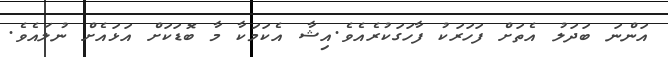
އަންނަ ބަދަލު އެތަށް ފަހަރަކު ފާހަގަކުރެއެވެ.އިޝާ އެކަމަކާ މާ ބޮޑަކަށް އަޅައެށް ނުލައެވެ.